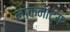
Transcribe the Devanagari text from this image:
लाकनाट्य